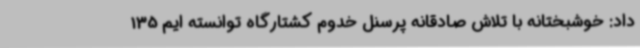
داد: خوشبختانه با تلاش صادقانه پرسنل خدوم کشتارگاه توانسته ایم 135